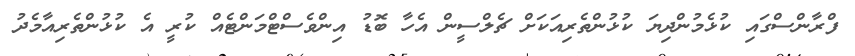
ފްރާންސްގައި ކުޅެމުންދިޔަ ކުޅުންތެރިއަކަށް ޗެލްސީން އެހާ ބޮޑު އިންވެސްޓްމަންޓެއް ކުރީ އެ ކުޅުންތެރިއާމެދު